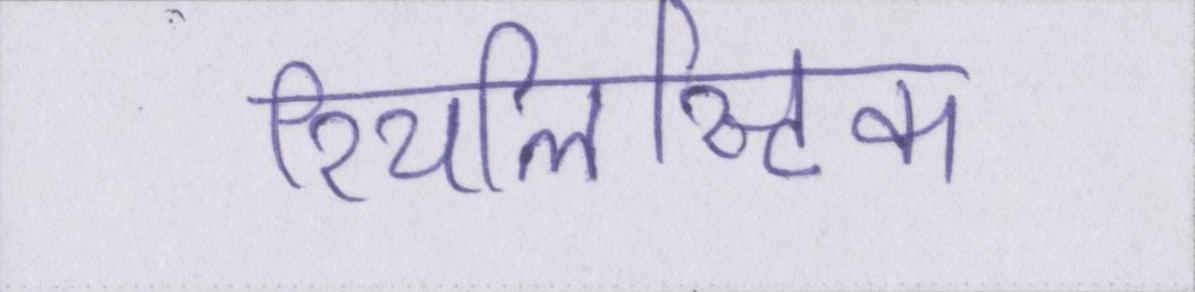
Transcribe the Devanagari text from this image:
रियलिस्टिक